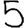
Digit: 5